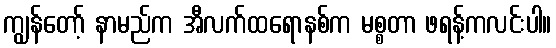
ကျွန်တော့် နာမည်က အီလက်ထရောနစ်က မစ္စတာ ဖရန့်ကလင်းပါ။